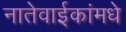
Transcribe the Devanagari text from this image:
नातेवाईकांमधे